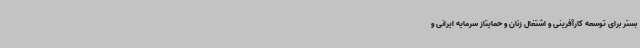
بستر برای توسعه کارآفرینی و اشتغال زنان و حمایتاز سرمایه ایرانی و